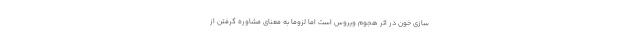
سازی خون در اثر هجوم ویروس است اما لزوما به معنای مشاوره گرفتن از